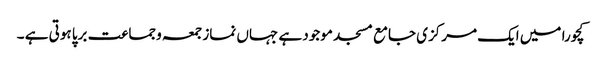
کچورا میں ایک مرکزی جامع مسجد موجود ہے جہاں نماز جمعہ وجماعت برپا ہوتی ہے ۔